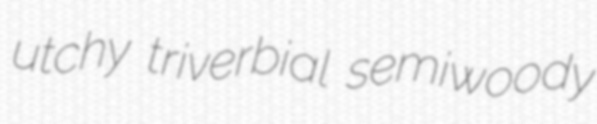
utchy triverbial semiwoody